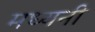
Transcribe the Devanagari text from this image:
मध्यनी